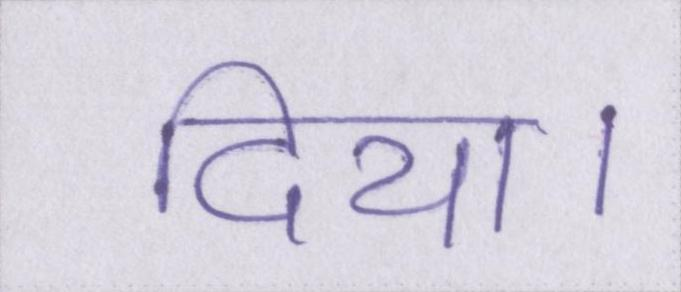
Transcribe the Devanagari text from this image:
दिया।